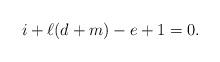
LaTeX: \begin{align*}i+\ell (d+m)-e+1=0.\end{align*}